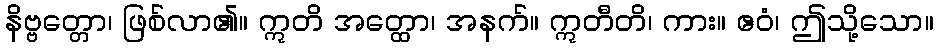
နိဗ္ဗတ္တော၊ ဖြစ်လာ၏။ ဣတိ အတ္ထော၊ အနက်။ ဣတီတိ၊ ကား။ ဧဝံ၊ ဤသို့သော။